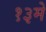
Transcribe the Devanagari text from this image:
१३मे